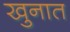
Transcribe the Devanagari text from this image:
खुनात